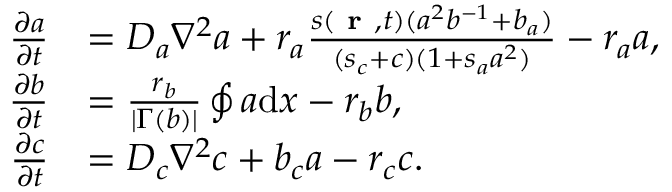
\begin{array} { r l } { \frac { \partial a } { \partial t } } & { = D _ { a } \nabla ^ { 2 } a + r _ { a } \frac { s ( \textbf { r } , t ) ( a ^ { 2 } b ^ { - 1 } + b _ { a } ) } { ( s _ { c } + c ) ( 1 + s _ { a } a ^ { 2 } ) } - r _ { a } a , } \\ { \frac { \partial b } { \partial t } } & { = \frac { r _ { b } } { | \Gamma ( b ) | } \oint a \mathrm { d } x - r _ { b } b , } \\ { \frac { \partial c } { \partial t } } & { = D _ { c } \nabla ^ { 2 } c + b _ { c } a - r _ { c } c . } \end{array}